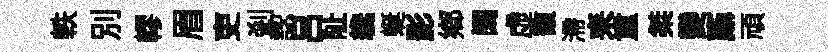
軼別轇眉吏剎認吕阯纔蜒影鄉阔虚馥滯耒重桀變鼒頑